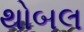
થોબલ